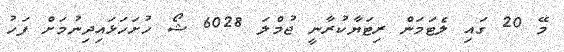
މޭ 20 ގައިި ލެޓަމަން ރިޓަޔާކުރާނީ ޖުމްލަ 6028 ޝޯ ހުށަހަޅައިދިނުމަށް ފަހު